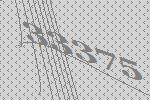
33375